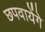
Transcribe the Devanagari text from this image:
छपवायेंगे